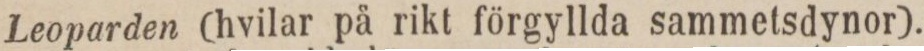
Leoparden (hvilar på rikt förgyllda sammetsdynor).